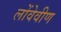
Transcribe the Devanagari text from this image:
लोंवेवीण